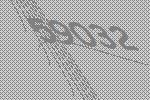
59032